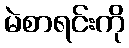
မဲစာရင်းကို